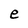
Character: e